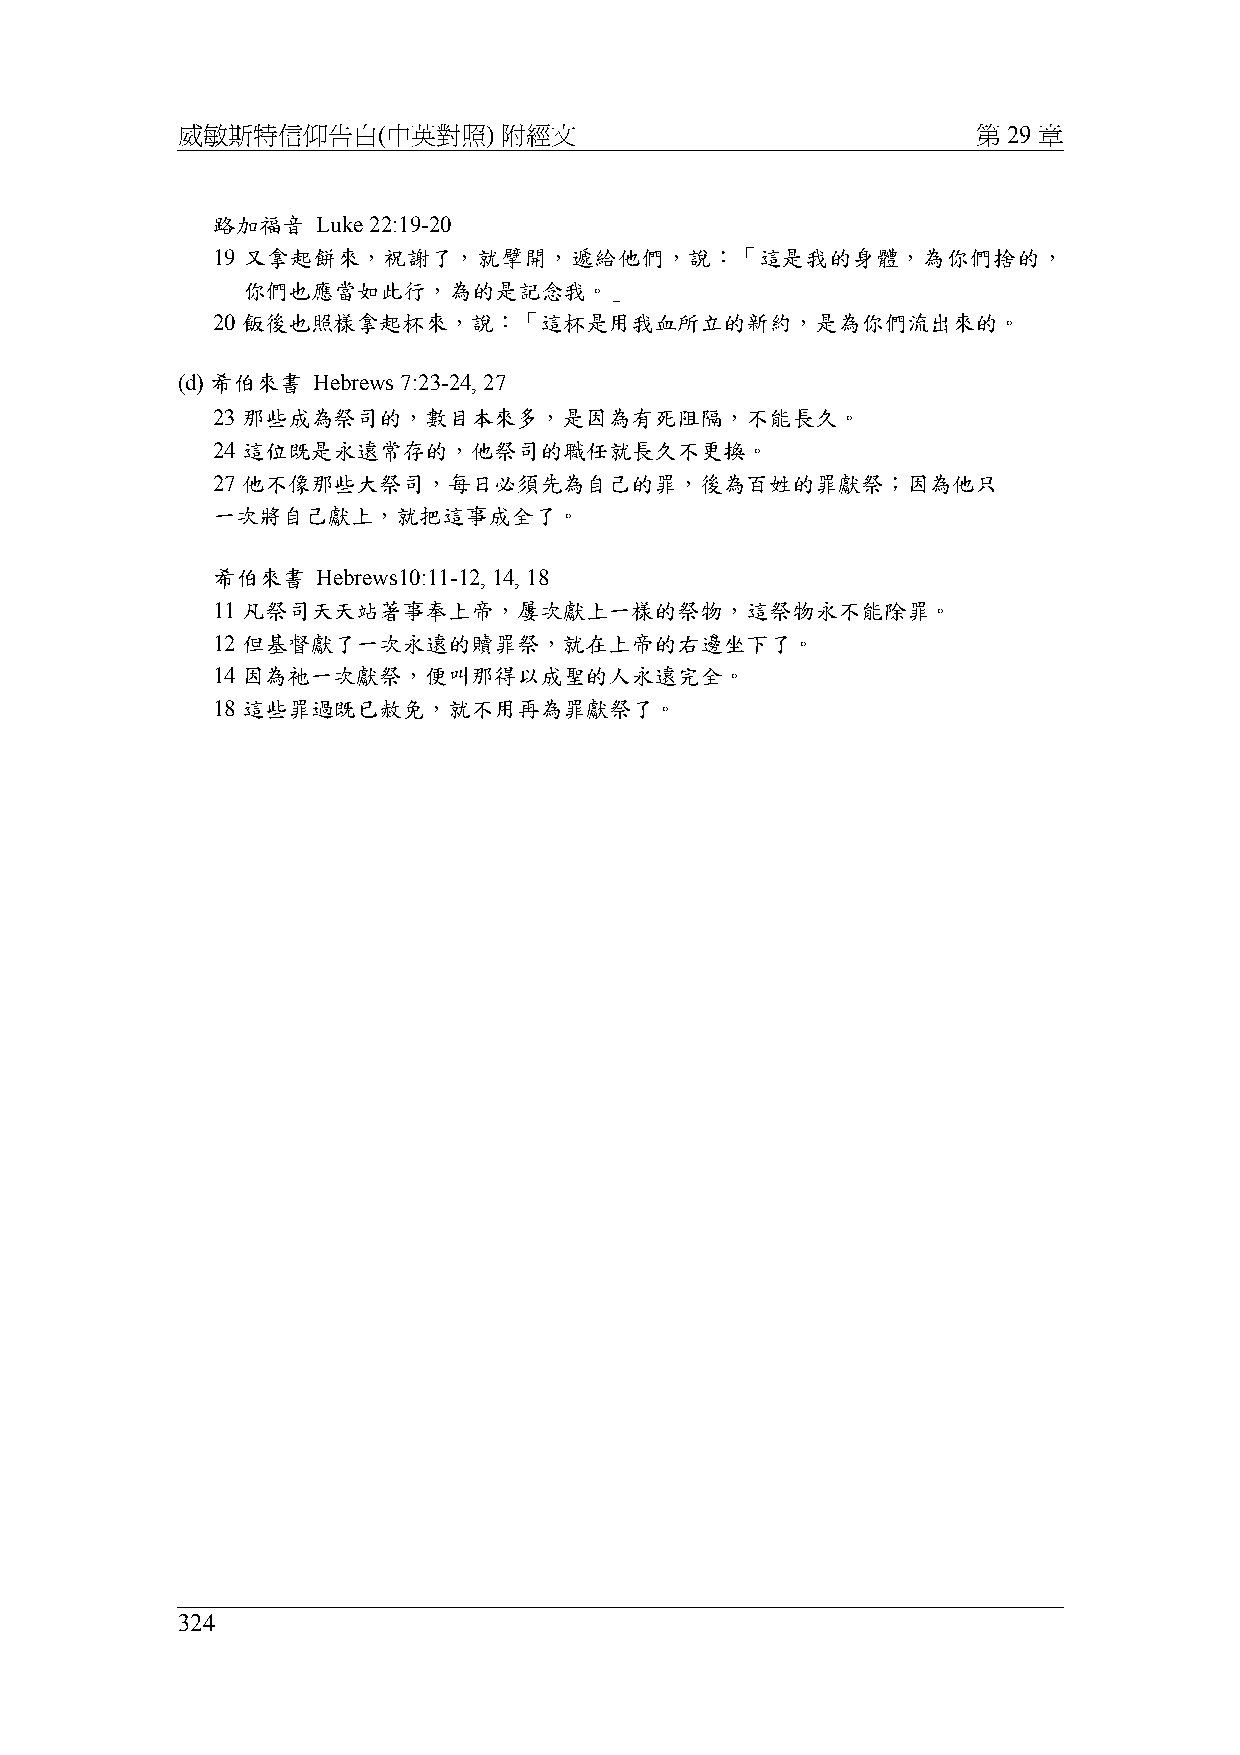
威敏斯特信仰告白(中英對照)       附經文                             第 29 章
 路加福音   Luke 22:19-20
 19 又拿起餅來，祝謝了，就擘開，遞給他們，說：「這是我的身體，為你們捨的，
 你們也應當如此行，為的是記念我。」
 20 飯後也照樣拿起杯來，說：「這杯是用我血所立的新約，是為你們流出來的。
 (d) 希伯來書 Hebrews 7:23-24, 27
 23 那些成為祭司的，數目本來多，是因為有死阻隔，不能長久。
 24 這位既是永遠常存的，他祭司的職任就長久不更換。
 27 他不像那些大祭司，每日必須先為自己的罪，後為百姓的罪獻祭；因為他只
 一次將自己獻上，就把這事成全了。
 希伯來書   Hebrews10:11-12, 14, 18
 11 凡祭司天天站著事奉上帝，屢次獻上一樣的祭物，這祭物永不能除罪。
 12 但基督獻了一次永遠的贖罪祭，就在上帝的右邊坐下了。
 14 因為祂一次獻祭，便叫那得以成聖的人永遠完全。
 18 這些罪過既已赦免，就不用再為罪獻祭了。
 324